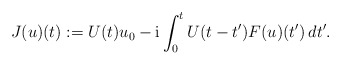
\begin{align*}J(u)(t):= U(t)u_0-\textnormal{i} \int_0^t U(t-t')F(u)(t') \, dt'.\end{align*}